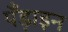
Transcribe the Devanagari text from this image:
पँड़ाइन